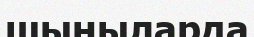
шыныларда